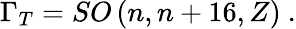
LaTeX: \Gamma_{T}=SO\left(n,n+16,Z\right)\ .